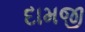
દામજી